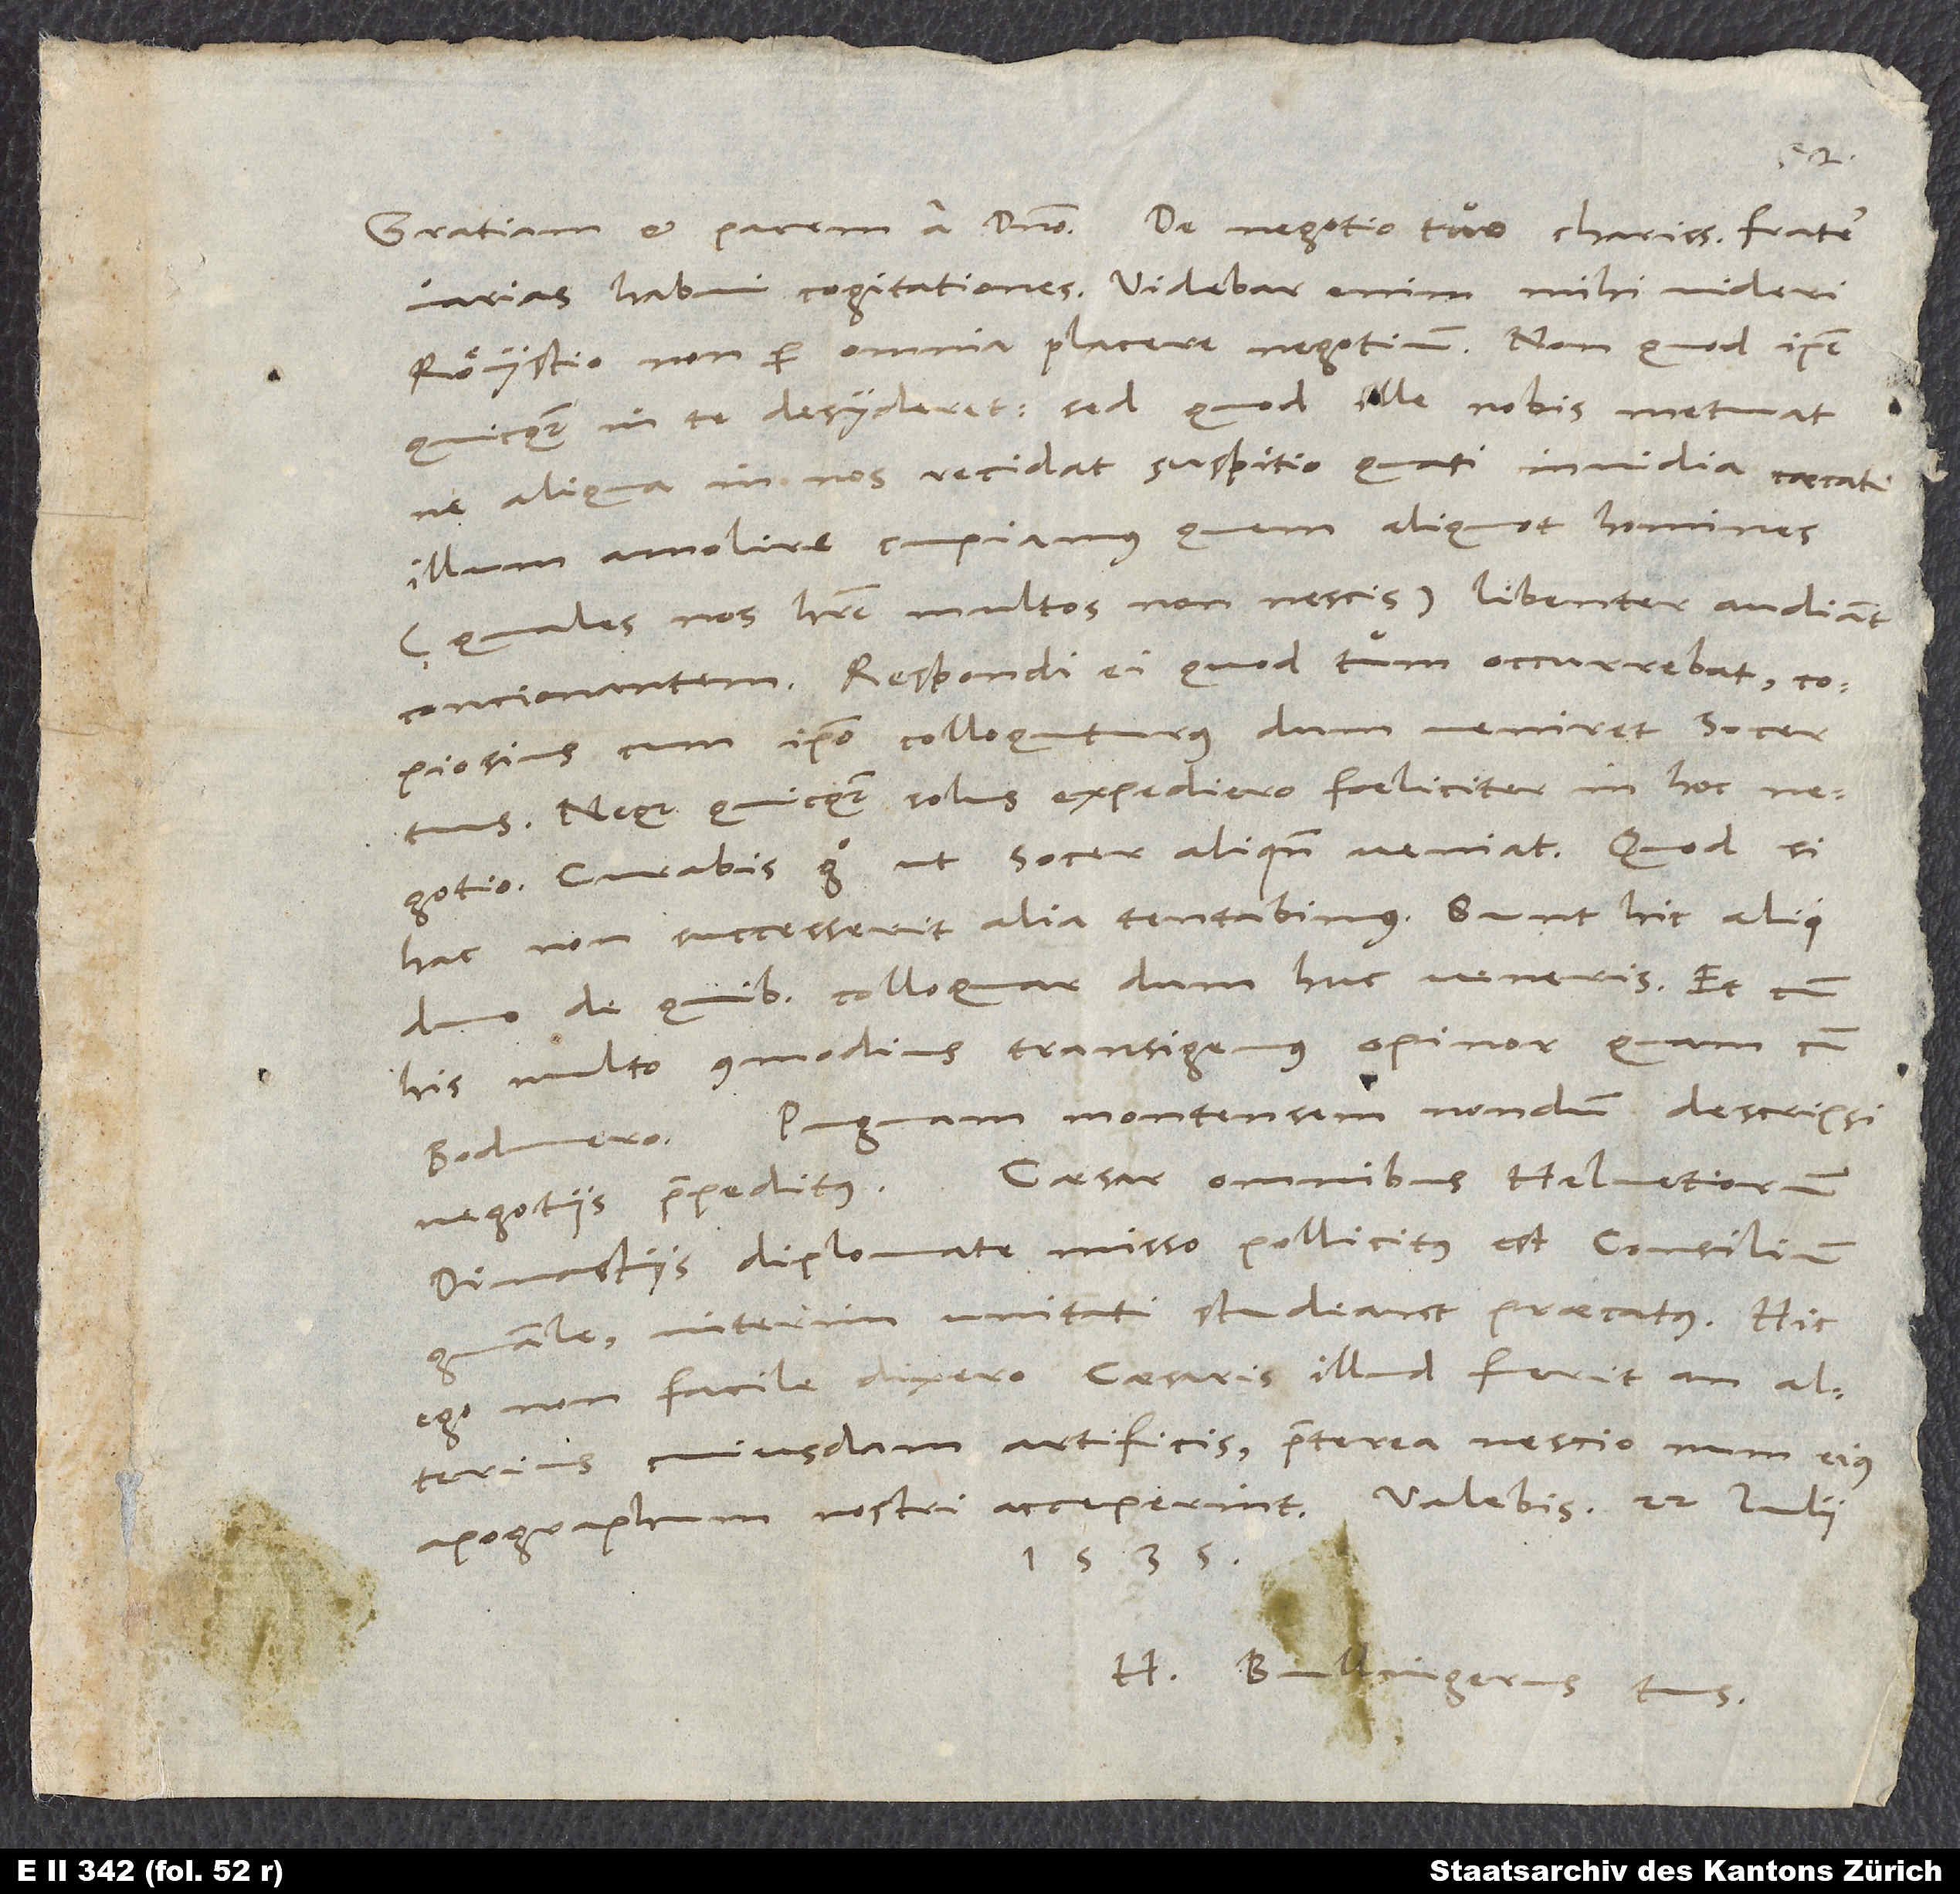
varias habui cogitationes. Videbar enim mihi videri
Röystio non per omnia placere negotium. Non quod ipse
quicquam in te desyderet, sed quod ille nobis metuat,
ne aliqua in nos recidat suspitio, quasi invidia caecati
illum amolire cupiamus, quem aliquot homines
(quales nos habere multos non nescis) libenter audiant
concionantem. Respondi ei, quod tum occurrebat,
copiosius cum ipso colloquuturus, dum veniret socer
Neque quicquam solus expediero foeliciter in hoc
negotio. Curabis ergo, ut socer aliquando veniat. Quod si
duo, de quibus colloquar, dum huc veneris. Et cum
his multo commodius transigemus opinor quam cum
Pugnam montensem nondum descripsi
dinastiis diplomate misso pollicitus est consilium
generale, interim unitati studeant praecatus. Hic
ego non facile dixero, caesaris illud fuerit an alterius
cuiusdam artificis. Praeterea nescio, num eius
1535.